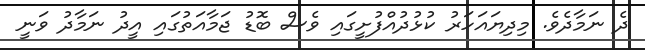
ދެ ނަމާދެވެ. މިދިޔައަހަރު ކުޅުދުއްފުށީގައި ވެސް ބޮޑު ޖަމާއަތުގައި އީދު ނަމާދު ވަނީ